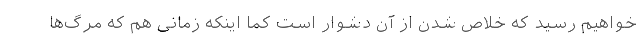
خواهیم رسید که خلاص شدن از آن دشوار است کما اینکه زمانی هم که مرگ‌ها